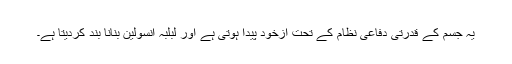
یہ جسم کے قدرتی دفاعی نظام کے تحت ازخود پیدا ہوتی ہے اور لبلبہ انسولین بنانا بند کردیتا ہے۔